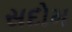
સદોમ